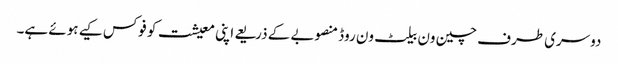
دوسری طرف چین ون بیلٹ ون روڈ منصوبے کے ذریعے اپنی معیشت کو فوکس کیے ہوئے ہے۔